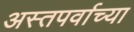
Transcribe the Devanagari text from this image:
अस्तपर्वाच्या